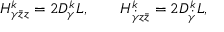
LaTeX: H _ { \gamma \bar { z } z } ^ { k } = 2 D _ { \gamma } ^ { k } L , \qquad H _ { \dot { \gamma } z \bar { z } } ^ { k } = 2 D _ { \dot { \gamma } } ^ { k } L ,